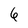
Character: 6